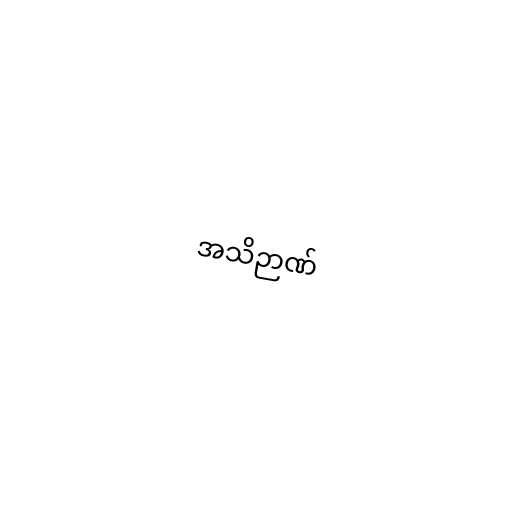
အသိဉာဏ်